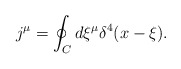
\begin{align*}j^\mu=\oint_C d\xi^\mu\delta^4(x - \xi) .\end{align*}